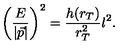
\left( \frac { E } { | \vec { p } | } \right) ^ { 2 } = \frac { h ( r _ { T } ) } { r _ { T } ^ { 2 } } l ^ { 2 } .